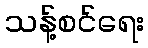
သန့်စင်ရေး